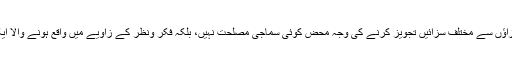
۲۷؂اب دور جدید میں ان سزاؤں سے مختلف سزائیں تجویز کرنے کی وجہ محض کوئی سماجی مصلحت نہیں، بلکہ فکر ونظر کے زاویے میں واقع ہونے والا ایک نہایت بنیادی اختلاف ہے۔